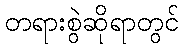
တရားစွဲဆိုရာတွင်